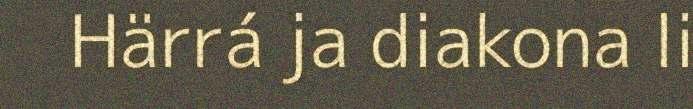
Härrá ja diakona li